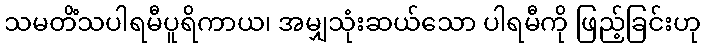
သမတိံသပါရမီပူရိကာယ၊ အမျှသုံးဆယ်သော ပါရမီကို ဖြည့်ခြင်းဟု